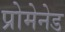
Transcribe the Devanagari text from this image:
प्रोमेनेड